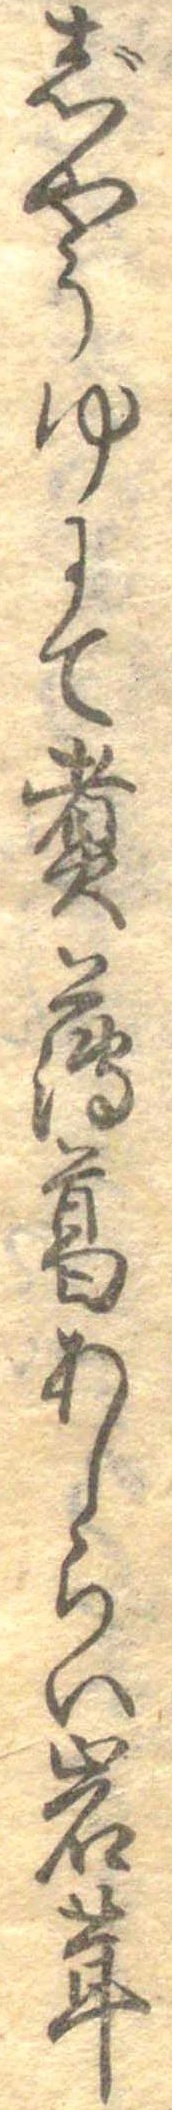
じやうゆにて煮薄葛あしらい岩茸